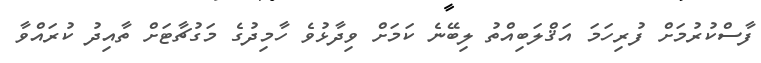
ފާސްކުރުމަށް ފުރިހަމަ އަޤްލަބިއްތު ލިބޭނެ ކަމަށް ވިދާޅުވެ ހާމިދުގެ މަގުޗާޓަށް ތާއިދު ކުރައްވާ